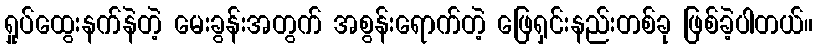
ရှုပ်ထွေးနက်နဲတဲ့ မေးခွန်းအတွက် အစွန်းရောက်တဲ့ ဖြေရှင်းနည်းတစ်ခု ဖြစ်ခဲ့ပါတယ်။